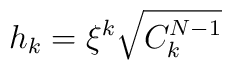
h_k = \xi^k \sqrt{C_{k}^{N-1}}